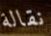
نقالة